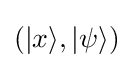
(|x\rangle ,|\psi \rangle )